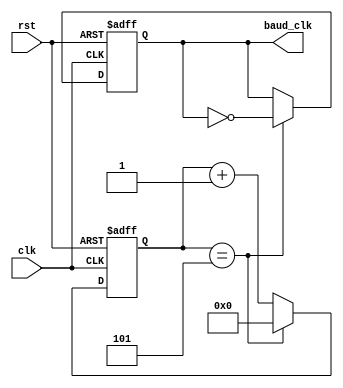
module baud_rate_generator (
    input clk,
    input rst,
    output reg baud_clk
);

reg [3:0] counter;

always @(posedge clk or posedge rst) begin
    if (rst) begin
        counter <= 4'b0000;
        baud_clk <= 1'b0;
    end else begin
        if (counter == 4'd5) begin
            counter <= 4'b0000;
            baud_clk <= ~baud_clk;
        end else begin
            counter <= counter + 1;
        end
    end
end

endmodule